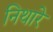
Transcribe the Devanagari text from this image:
निथारे